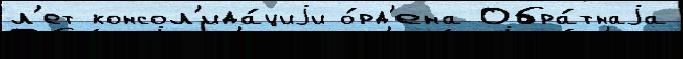
л'ет консол'ида́циjи о́рд'ена Обра́тнаjа